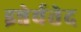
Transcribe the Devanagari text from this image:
इन्नेर्वतेद